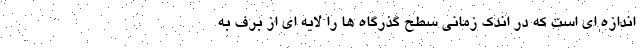
اندازه ای است که در اندک زمانی سطح گذرگاه ها را لایه ای از برف به